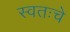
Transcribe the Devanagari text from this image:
स्वतःचे